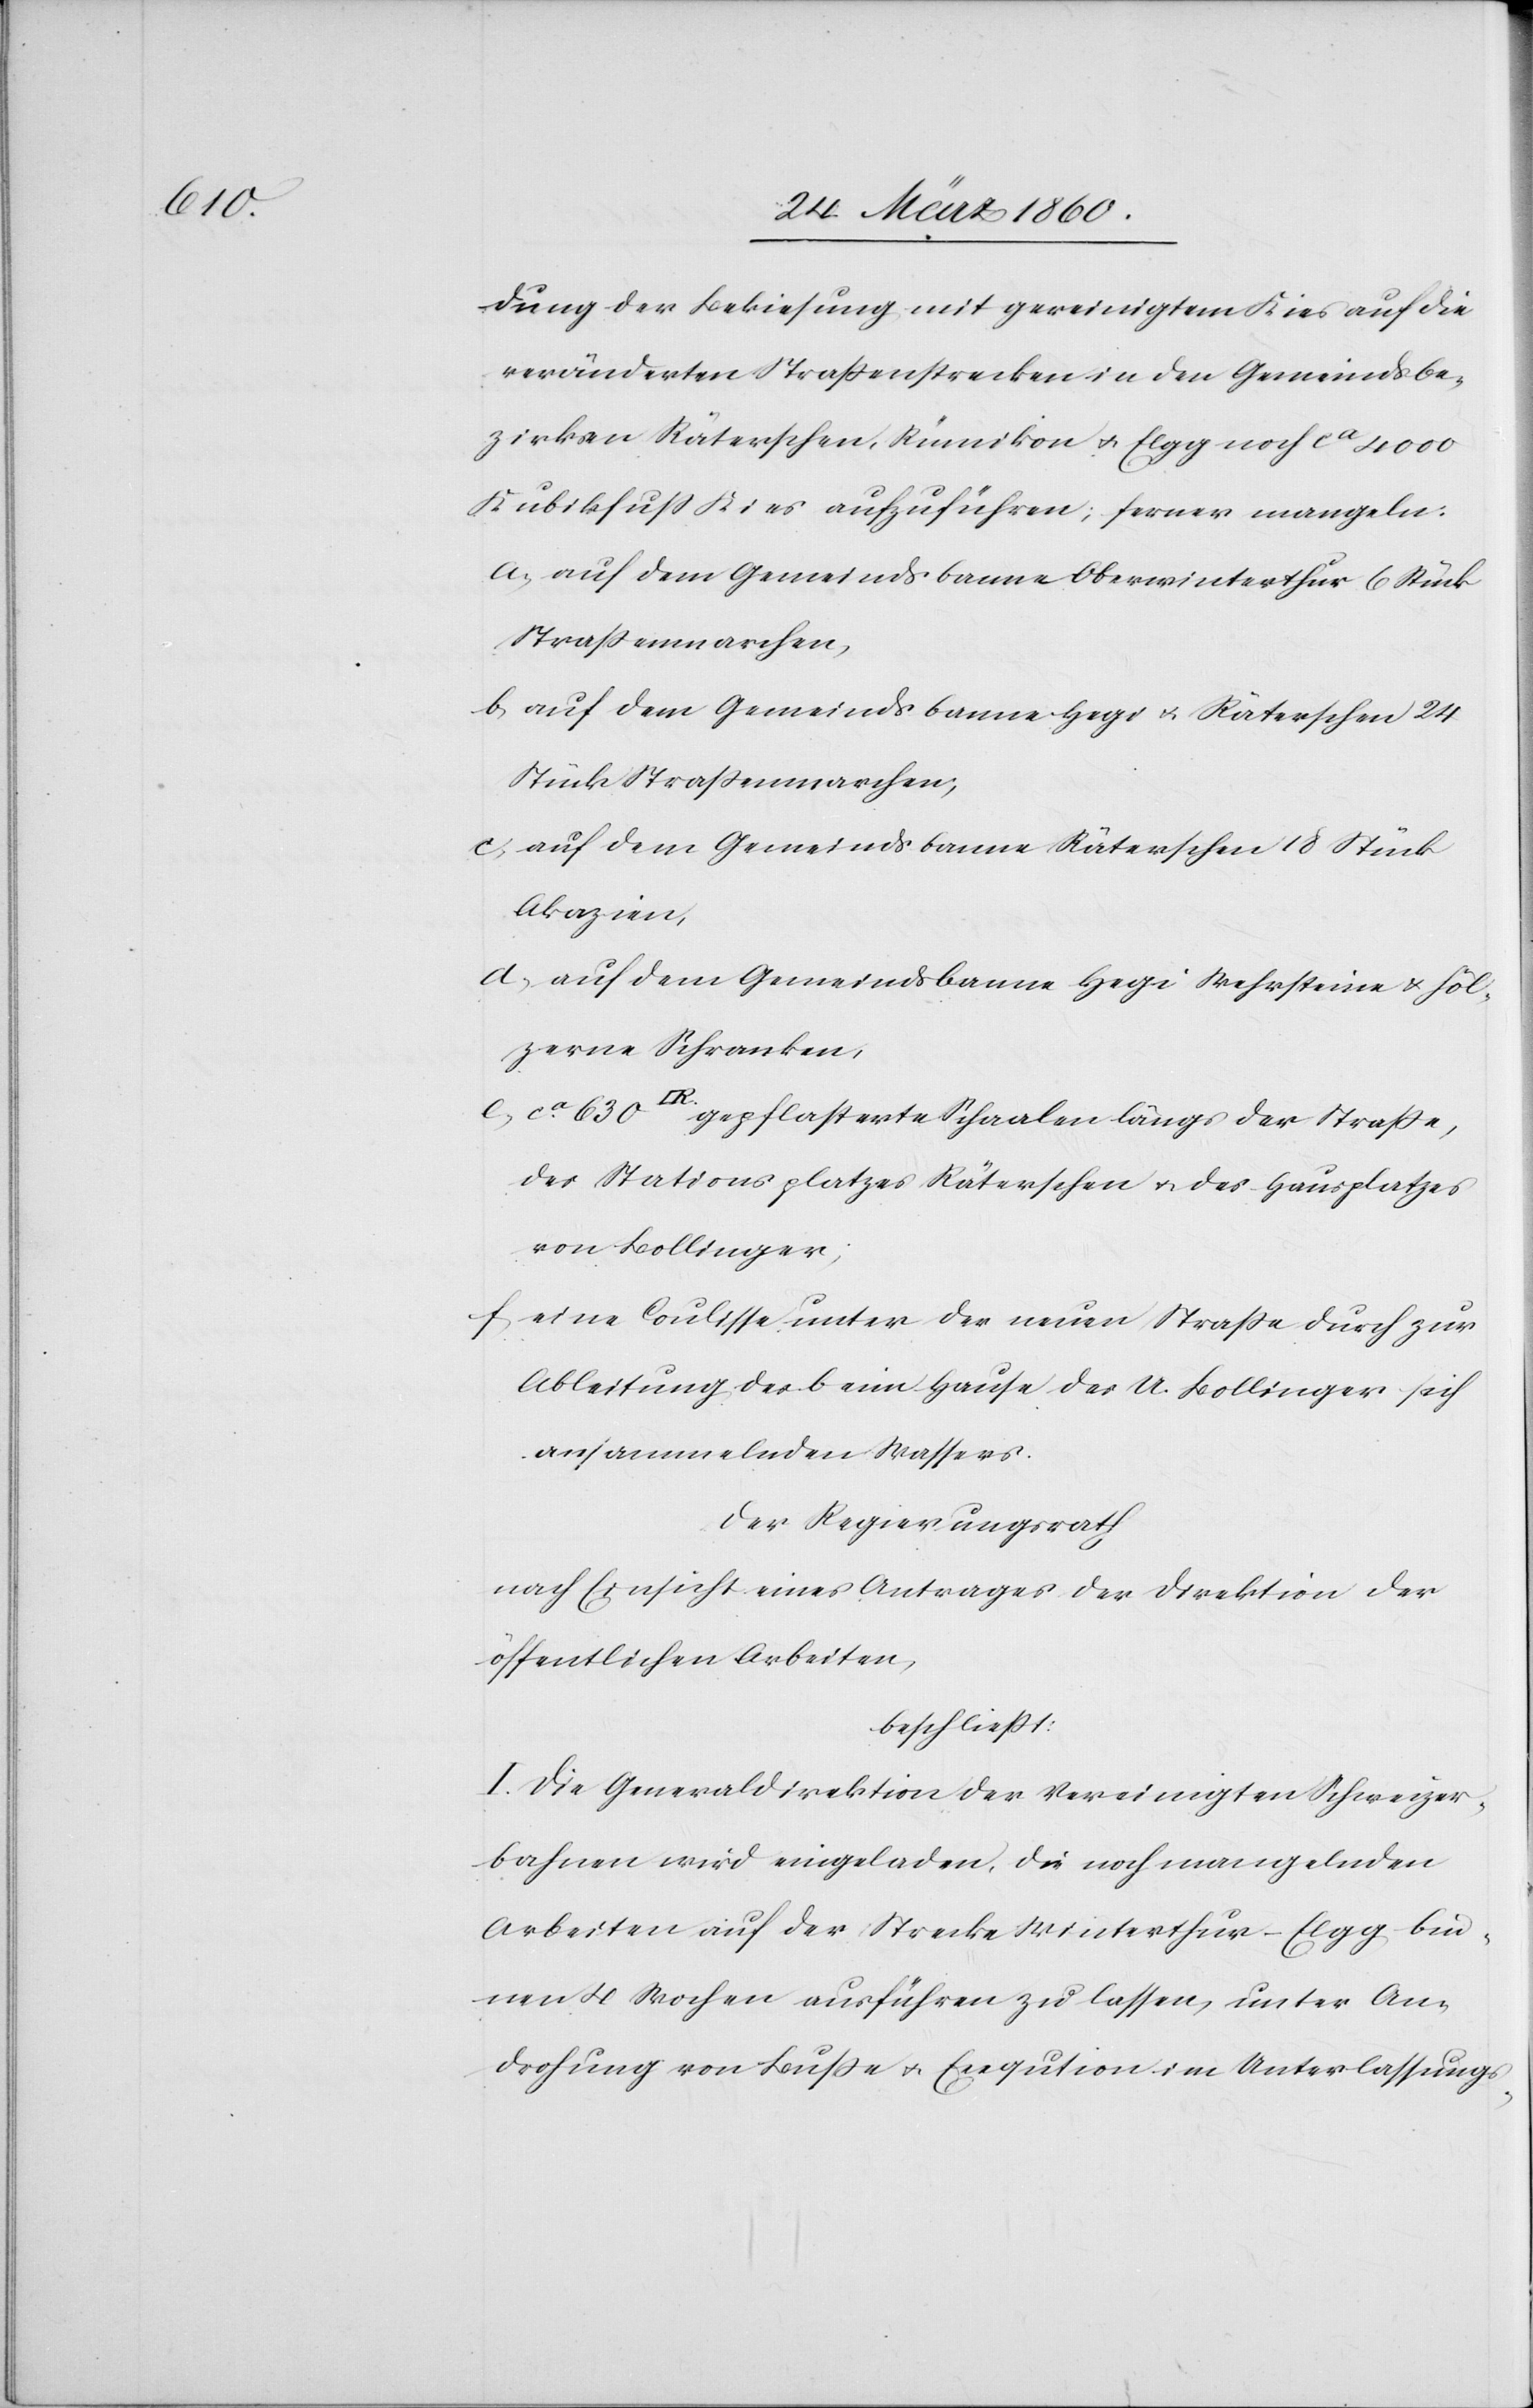
dung der Bekiesung mit gereinigten Kies auf die
veränderten Strassenstrecken in den Gemeindsbe¬
zirken Räterschen, Rümikon u. Elgg noch ca 4000
Kubikfuss Kies aufzuführen; ferner mangeln:
a. auf dem Gemeindsbanne Oberwinterthur 6 Stück
Strassenmarchen,
b. auf dem Gemeindsbanne Hegi u. Räterschen 24
Stück Strassenmarchen;
c. auf dem Gemeindsbanne Räterschen 18 Stück
Akazien,
d. auf dem Gemeindsbanne Hegi Wehrsteine u. höl¬
zerne Schranken,
[Quadratfuss] gepflasterte Schaalen längs der Strasse,
des Stationsplatzes Räterschen u. des Hausplatzes
von Bollinger;
f. eine Coulisse unter der neuen Strasse durch zur
Ableitung der beim Hause des U. Bollinger sich
ansammelnden Wassers.
Der Regierungsrath
nach Einsicht eines Antrages der Direktion der
öffentlichen Arbeiten,
beschliesst:
I. Die Generaldirektion der Vereinigten Schweizer¬
bahnen wird eingeladen. Die noch mangelnden
Arbeiten auf der Strecke Winterthur–Elgg bin¬
nen 4 Wochen ausführen zu lassen, unter An¬
drohung von Busse u. Exeqution im Unterlassungs-